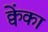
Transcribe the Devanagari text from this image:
क्वेंका